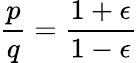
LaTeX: \frac{p}{q}=\frac{1+\epsilon}{1-\epsilon}